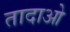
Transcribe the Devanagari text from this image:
तादाओ